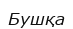
Бушқа